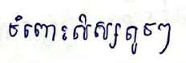
ចំពោះសិស្សតូចៗ